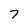
Character: 7